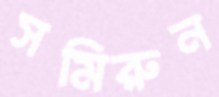
সমিরুন